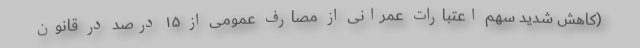
(کاهش شدید سهم اعتبارات عمرانی از مصارف عمومی از ۱۵ درصد در قانون